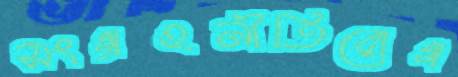
সংগ্রহনীতিরোগ